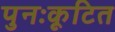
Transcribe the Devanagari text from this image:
पुनःकूटित